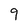
Character: 9